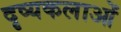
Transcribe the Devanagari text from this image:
दृष्यकलाओं